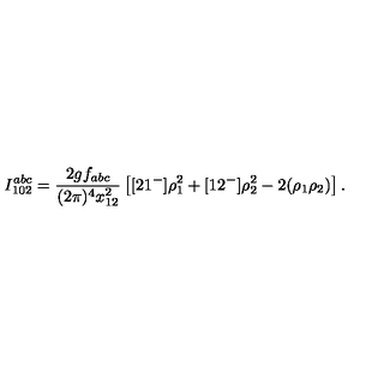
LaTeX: I _ { 1 0 2 } ^ { a b c } = \frac { 2 g f _ { a b c } } { ( 2 \pi ) ^ { 4 } x _ { 1 2 } ^ { 2 } } \left[ [ 2 1 ^ { - } ] \rho _ { 1 } ^ { 2 } + [ 1 2 ^ { - } ] \rho _ { 2 } ^ { 2 } - 2 ( \rho _ { 1 } \rho _ { 2 } ) \right] .